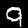
Label: 9